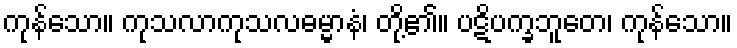
ကုန်သော။ ကုသလာကုသလဓမ္မာနံ၊ တို့၏။ ပဋိပက္ခဘူတေ၊ ကုန်သော။